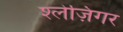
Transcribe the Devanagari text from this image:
श्लेज़िंगर